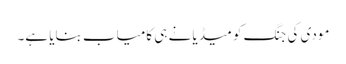
مودی کی جنگ کو میڈیا نے ہی کامیاب بنایا ہے۔